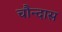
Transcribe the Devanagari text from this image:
चौन्दास